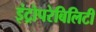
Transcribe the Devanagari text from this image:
इंट्रोपरेबिलिटी